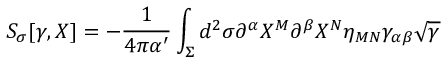
{ \cal S } _ { \sigma } [ \gamma , X ] = - \frac { 1 } { 4 \pi \alpha ^ { \prime } } \int _ { \Sigma } d ^ { 2 } \sigma \partial ^ { \alpha } X ^ { M } \partial ^ { \beta } X ^ { N } \eta _ { M N } \gamma _ { \alpha \beta } \sqrt { \gamma }